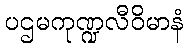
ပဌမကုဏ္ဍလီဝိမာနံ